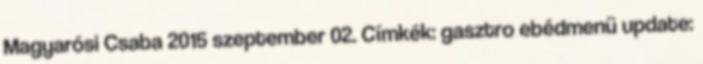
Magyarósi Csaba 2015 szeptember 02. Címkék: gasztro ebédmenü update: